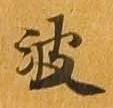
波